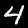
Label: 4